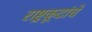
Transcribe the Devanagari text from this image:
राष्ट्रकूटांचे